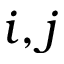
i , j